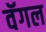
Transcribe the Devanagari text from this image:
वॅगल